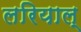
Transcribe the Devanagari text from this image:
लरियाल्